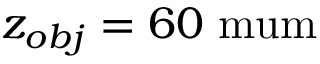
z _ { o b j } = 6 0 \mathrm { \ m u m }